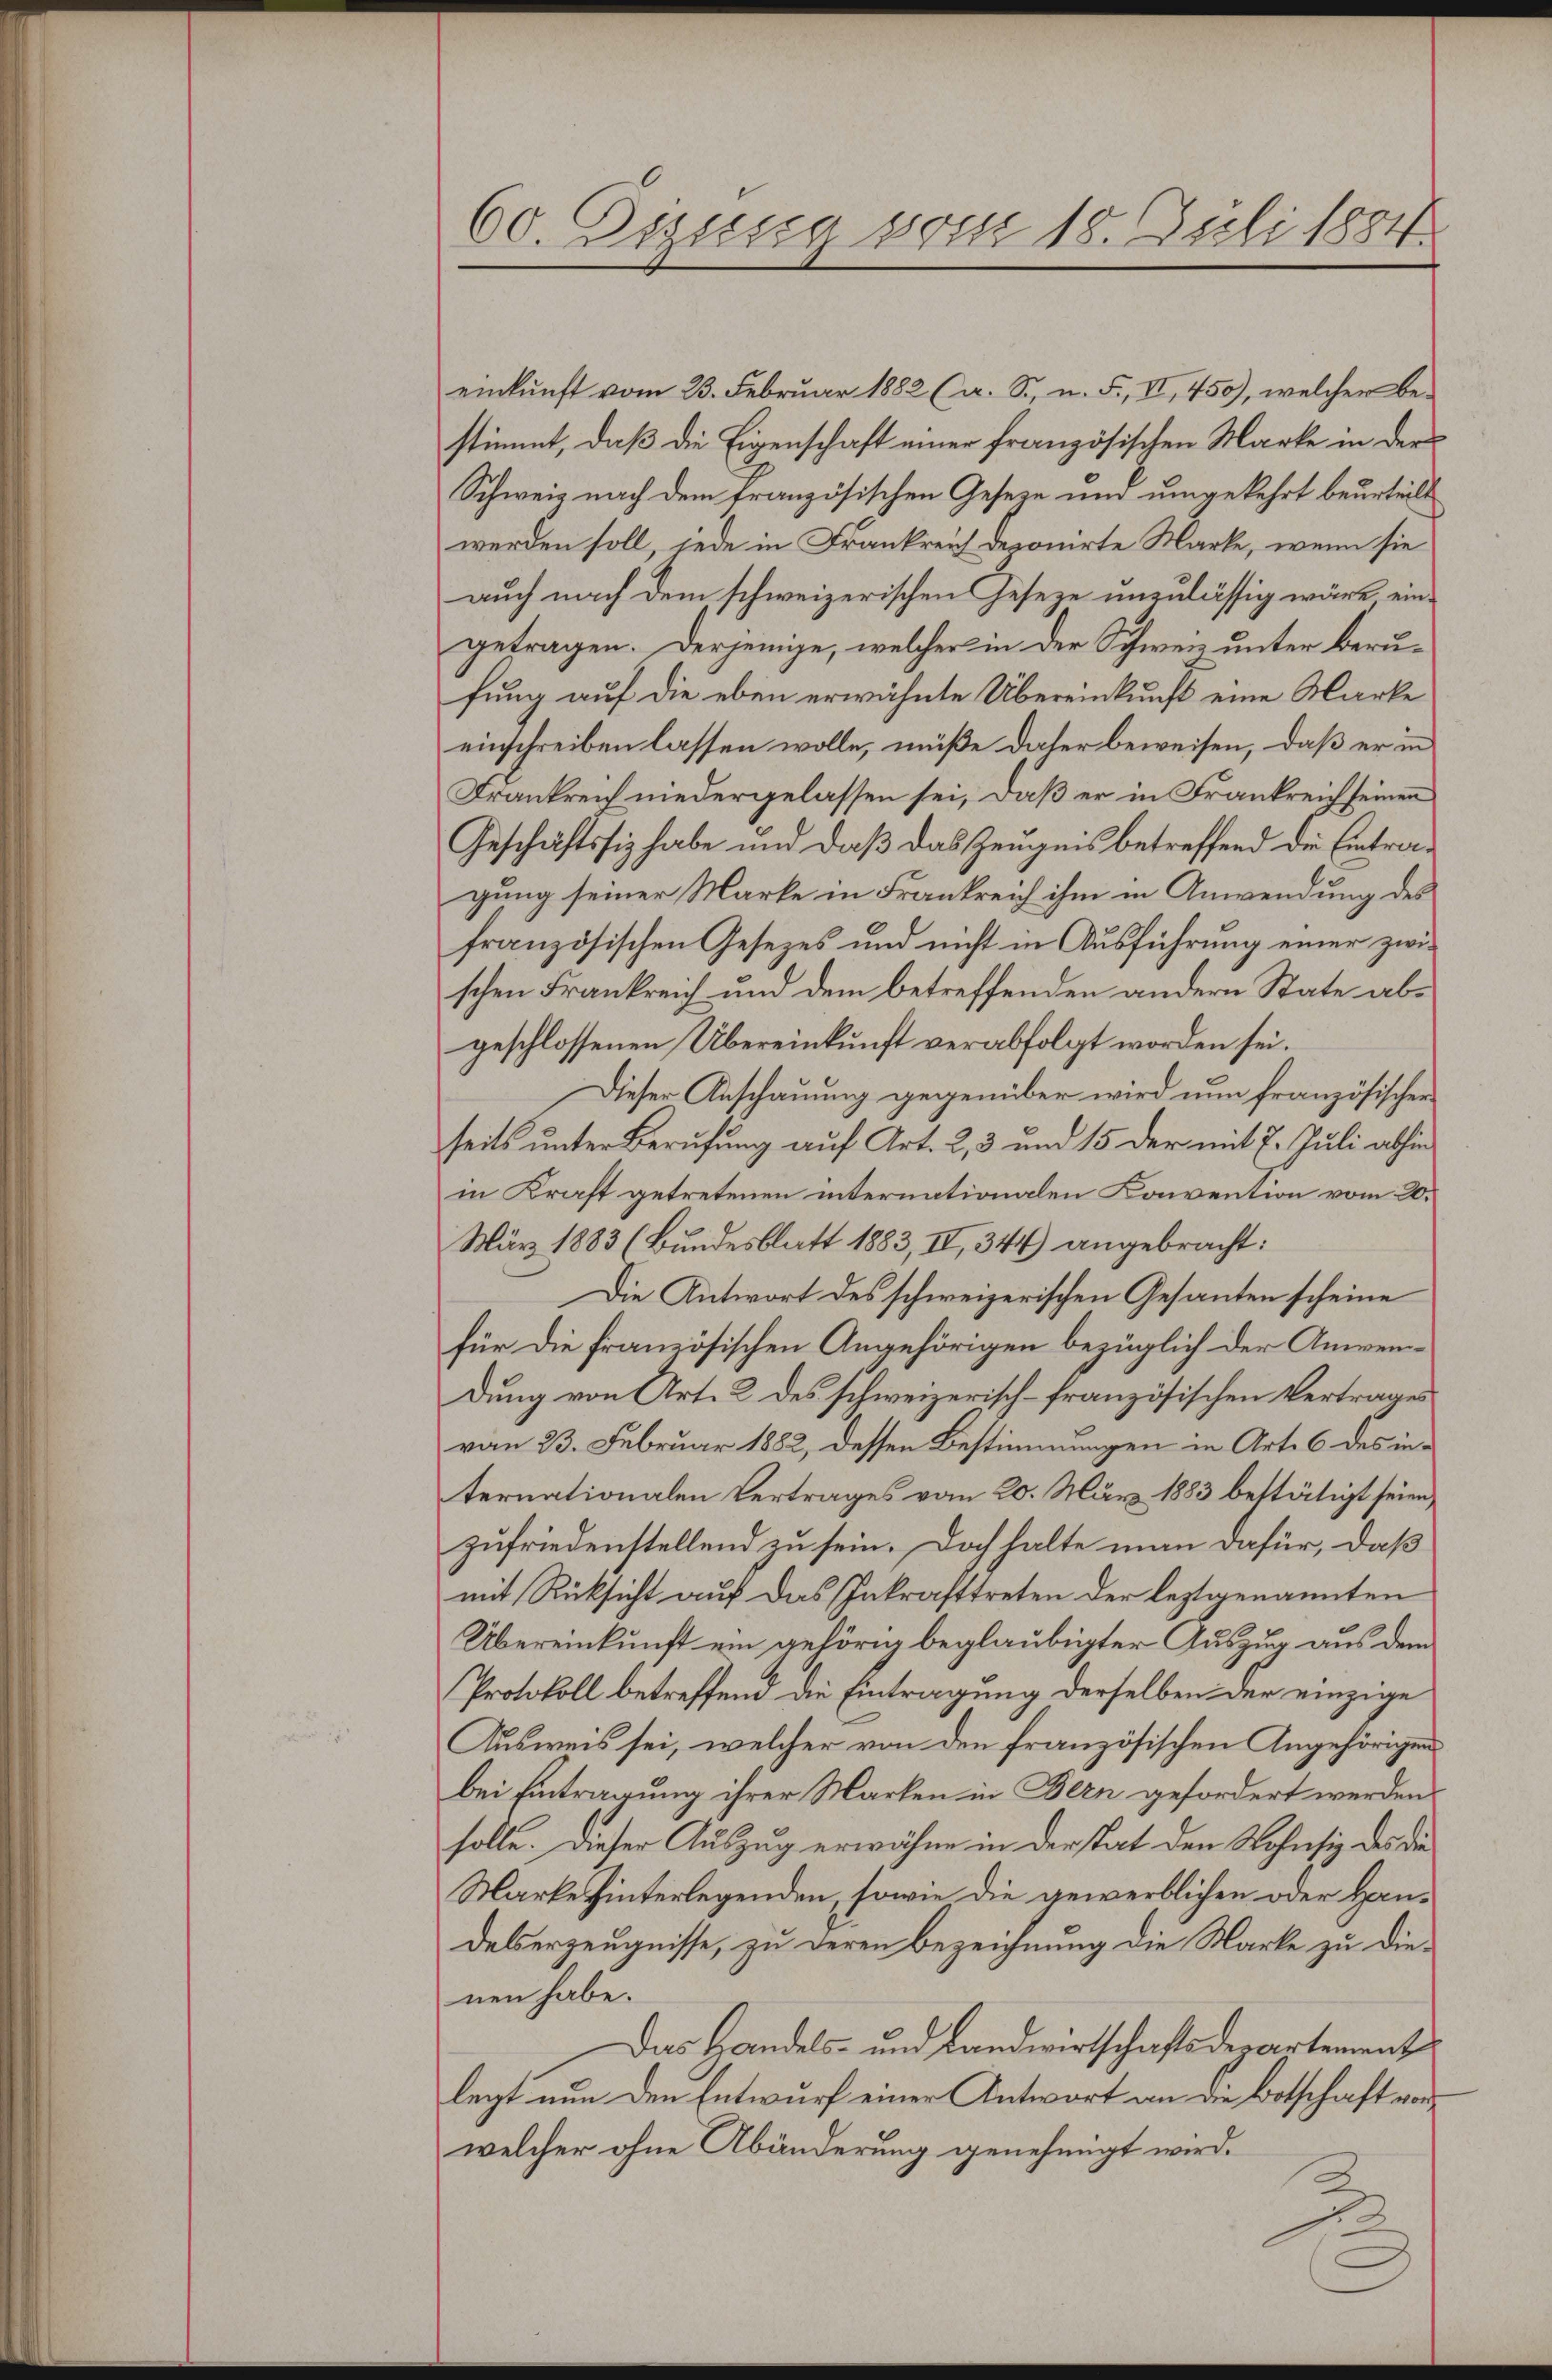
60. Beisig vom 18. Juli 1884.

einkunft vom 23. Februar 1882 (a. S., n. F., II, 450), welcher bestimmt, daß die Eigenschaft einer französischen Marke in der
Schweiz nach dem französischen Gesetze und umgekehrt beurteilt
werden soll, jede in Frankreich deponirte Marke, wenn sie
auch nach dem schweizerischen Geseze unzulässig wäre eingetragen. Derjenige, welcher in der Schweiz unter Berufung auf die eben erwähnte Übereinkunft eine Marke
einschreiben lassen wolle, müße daher beweisen, daß er in
Frankreich niedergelassen sei, daß er in Frankreich seinen
Geschäftssiz habe und daß das Zeugnis betreffend die Eintragung seiner Marke in Frankreich ihm in Anwendung des
französischen Gesetzes und nicht in Ausführung einer zwischen Frankreich und dem betreffenden andern State abgeschlossenen Übereinkunft verabfolgt worden sei.
Dieser Anschauung gegenüber wird nun französischen
seits unter Berufung auf Art. 2, 3 und 15 der mit 7. Juli abhin
in Kraft getretenen internationalen Konvention vom 20.
März 1883 (Bundesblatt 1883, IV, 344) angebracht:
Die Antwort des schweizerischen Gesanten scheine
für die französischen Angehörigen bezüglich der Anwendung von Art. 2 des schweizerisch-französischen Vertrages
von 23. Februar 1882, dessen Bestimmungen in Art. 6 des internationalen Vertrages vom 20. März 1883 bestätigt seien,
zufriedenstellend zu sein. Doch halte man dafür, daß
mit Rücksicht auf das Inkrafttreten der leztgenannten
Übereinkunft ein gehörig beglaubigter Auszug aus dem
Protokoll betreffend die Eintragung derselben der einzige
Ausweis sei, welcher von den französischen Angehörigens
bei Eintragung ihrer Marken in Bern gefordert werden
solle. Dieser Auszug erwähne in der stat den Wohnsiz des die¬
Marke hinterlegenden, sowie die gewerblichen oder Handesserzeugnisse, zu deren Bezeignung die Marke zu dienen habe.
Das Handels- und Landwirtschaftsdepartement
legt nun den Entwurf einer Antwort an die Botschaft vorwelcher ohne Abänderung genehmigt wird.